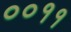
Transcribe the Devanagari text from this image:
००११